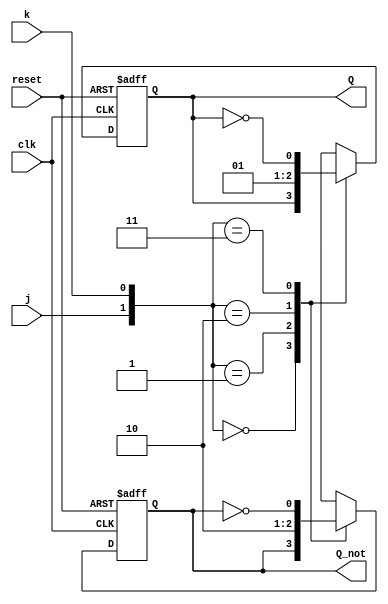
module jk_flipflop(j, k, Q, Q_not, clk, reset);

input wire j,k,clk,reset;

wire nQ, nQ_not;

output reg Q,Q_not;

not(nQ,Q);
not(nQ_not,Q_not);
always @(posedge clk or posedge reset) begin

  if(reset)

            begin
            Q=1'b0;
            Q_not=1'b1;
            end 
  else 

    begin
          case({j,k})
            {1'b0,1'b0}: 
		begin Q=Q;Q_not=Q_not; 
		end

            {1'b0,1'b1}: 
		begin Q=1'b0;Q_not=1'b1; 
		end

            {1'b1,1'b0}: 
		begin Q=1'b1;Q_not=1'b0; 
		end

            {1'b1,1'b1}: 
		begin Q=nQ; Q_not=nQ_not; 
		end
          endcase
    end
 end
endmodule